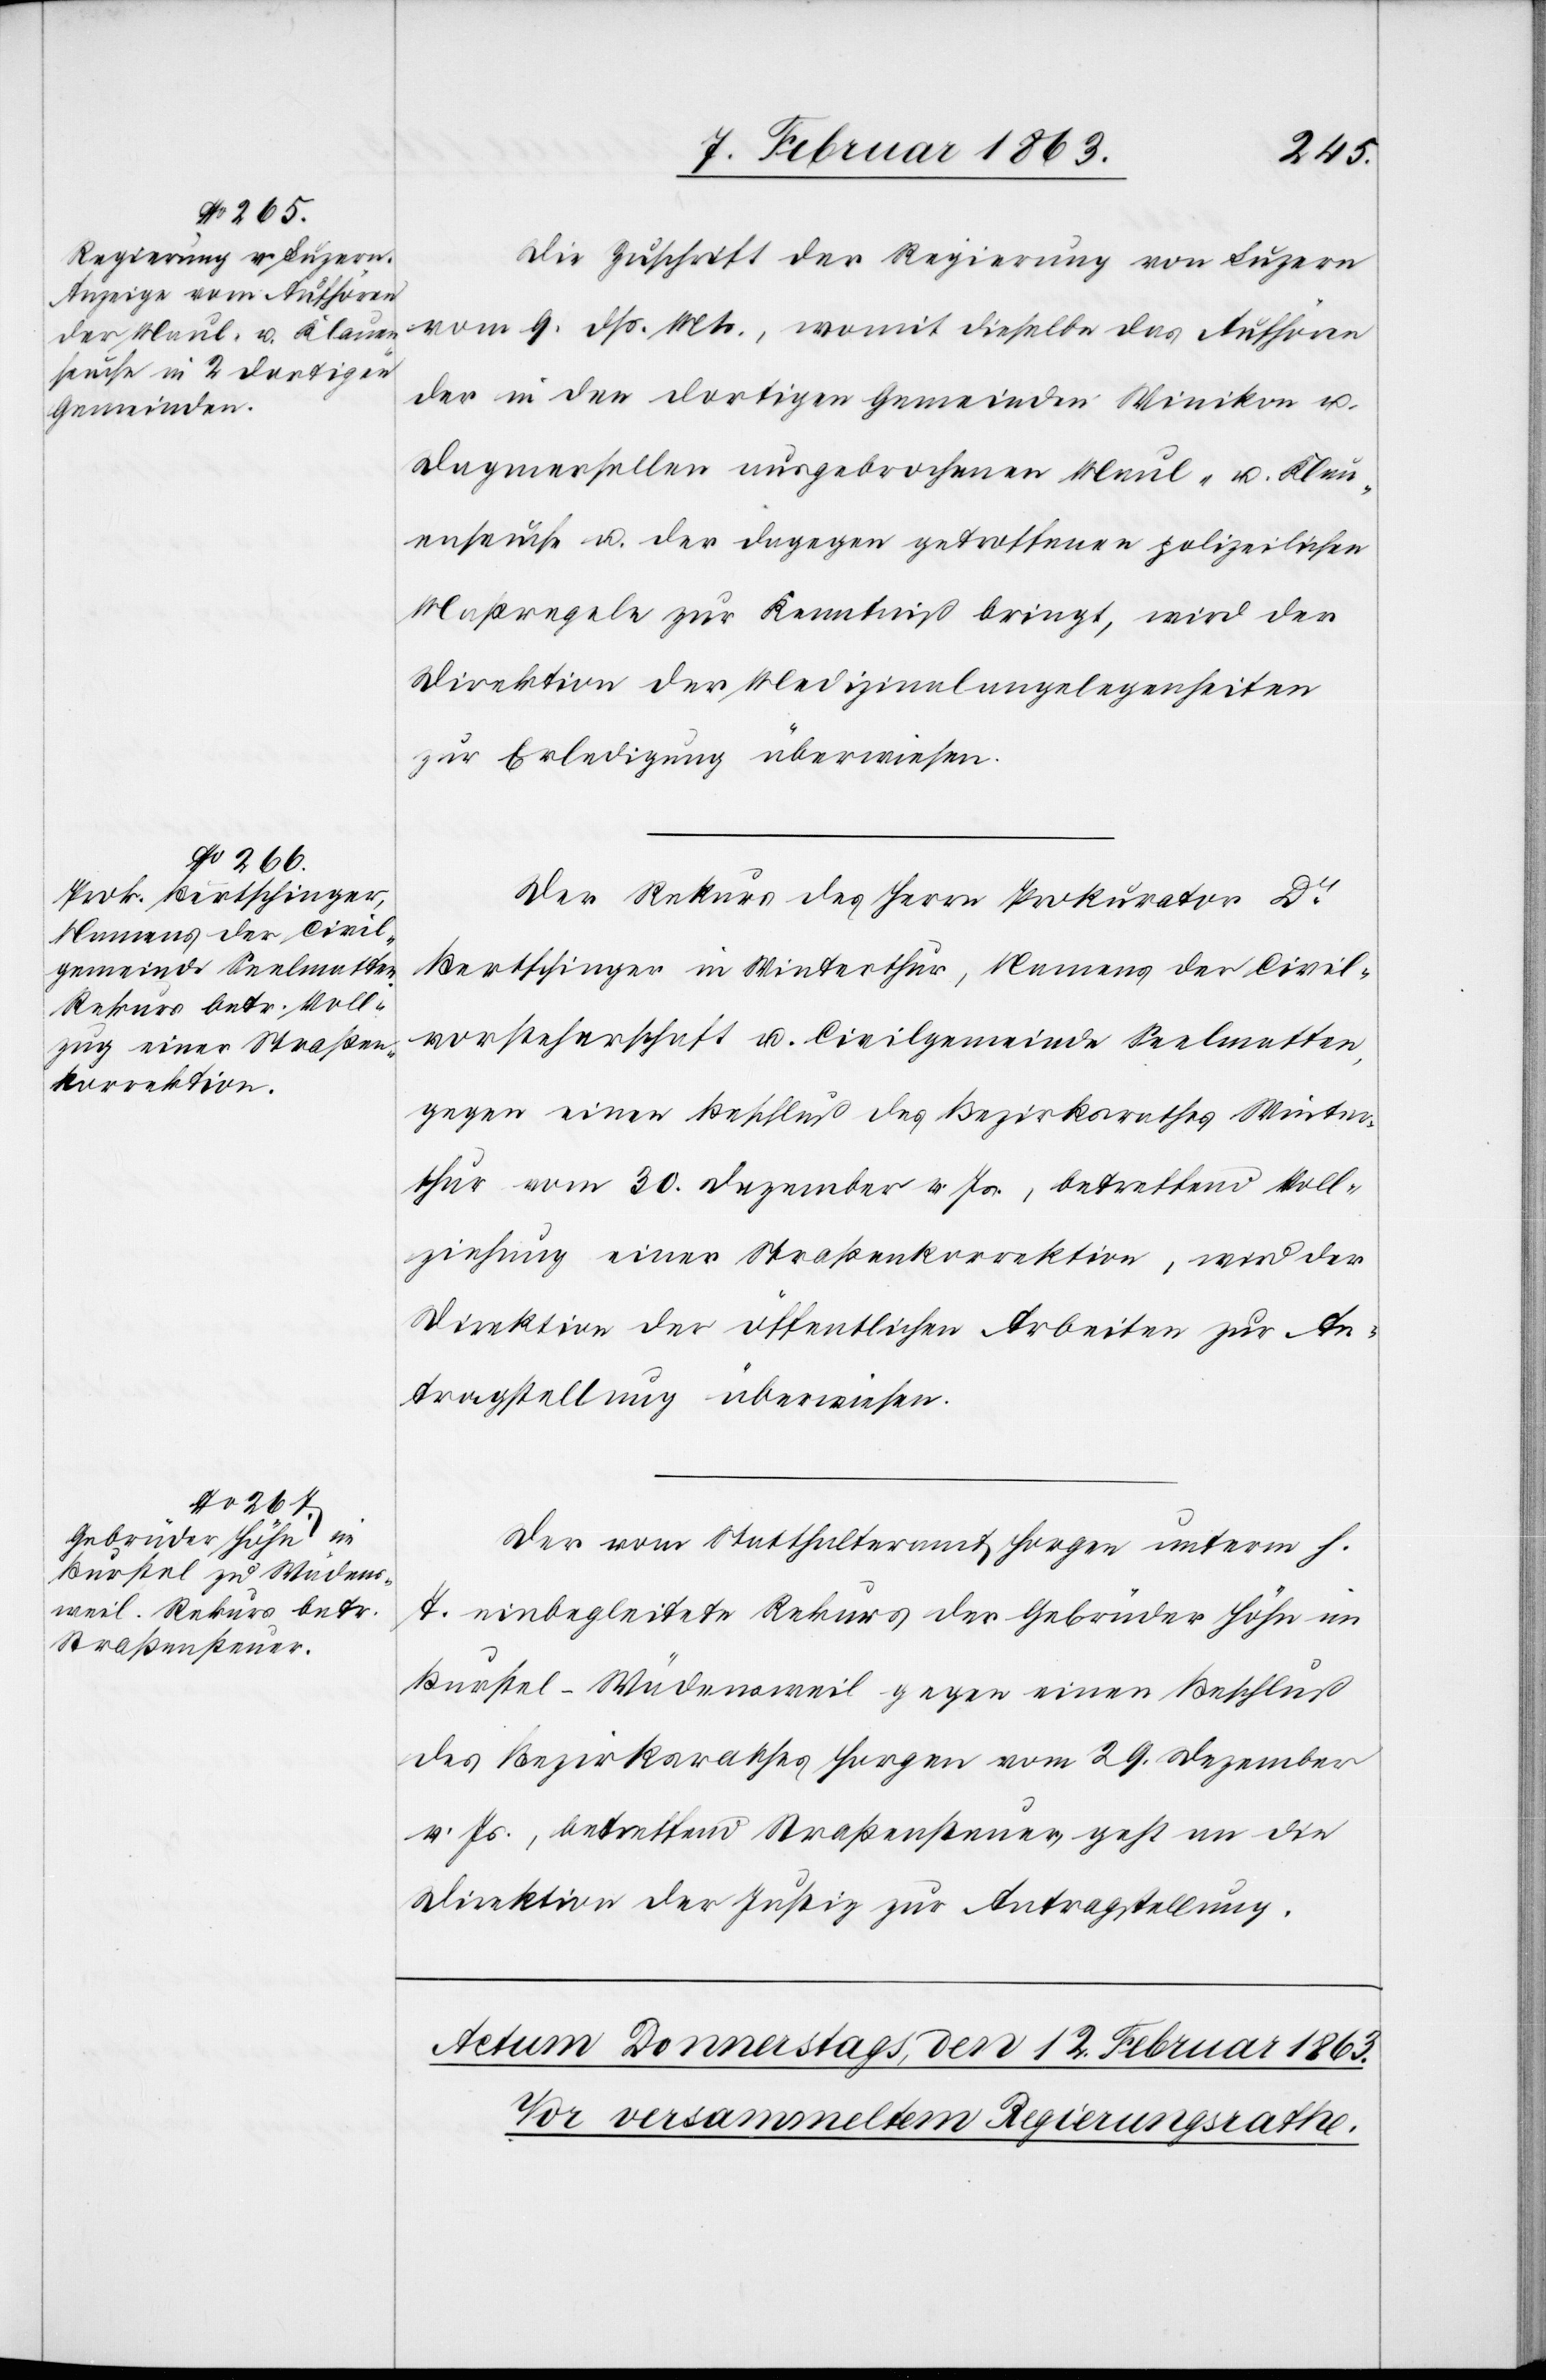
11. Februar 1863.]
Die Zuschrift der Regierung von Luzern
vom 9. dß. Mts., womit dieselbe das Aufhören
der in den dortigen Gemeinden Winikon u.
Dagmersellen ausgebrochenen Maul- u. Klau¬
enseuche u. der dagegen getroffenen polizeilichen
Maßregeln zur Kenntniß bringt, wird der
Direktion der Medizinalangelegenheiten
zur Erledigung überwiesen.
Der Rekurs des Herrn Prokurator Dr
Bertschinger in Winterthur, Namens der Civil¬
vorsteherschaft u. Civilgemeinde Seelmatten,
gegen einen Beschluß des Bezirksrathes Winter¬
thur vom 30. Dezember v. Js., betreffend Voll¬
ziehung einer Straßenkorrektion, wird der
Direktion der öffentlichen Arbeiten zur An¬
tragstellung überwiesen.
Der vom Statthalteramt Horgen unterm h.
T. einbegleitete Rekurs der Gebrüder Höhn im
Burstel – Wädensweil gegen einen Beschluß
des Bezirksrathes Horgen vom 29. Dezember
v. Js., betreffend Straßensteuer, geht an die
Direktion der Justiz zur Antragstellung.